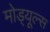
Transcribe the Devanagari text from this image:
मोड्यूल्स